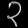
Digit: ၃